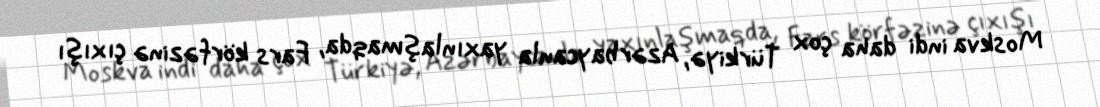
Moskva indi daha çox Türkiyə, Azərbaycanla yaxınlaşmaqda, Fars körfəzinə çıxışı